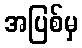
အပြစ်မှ